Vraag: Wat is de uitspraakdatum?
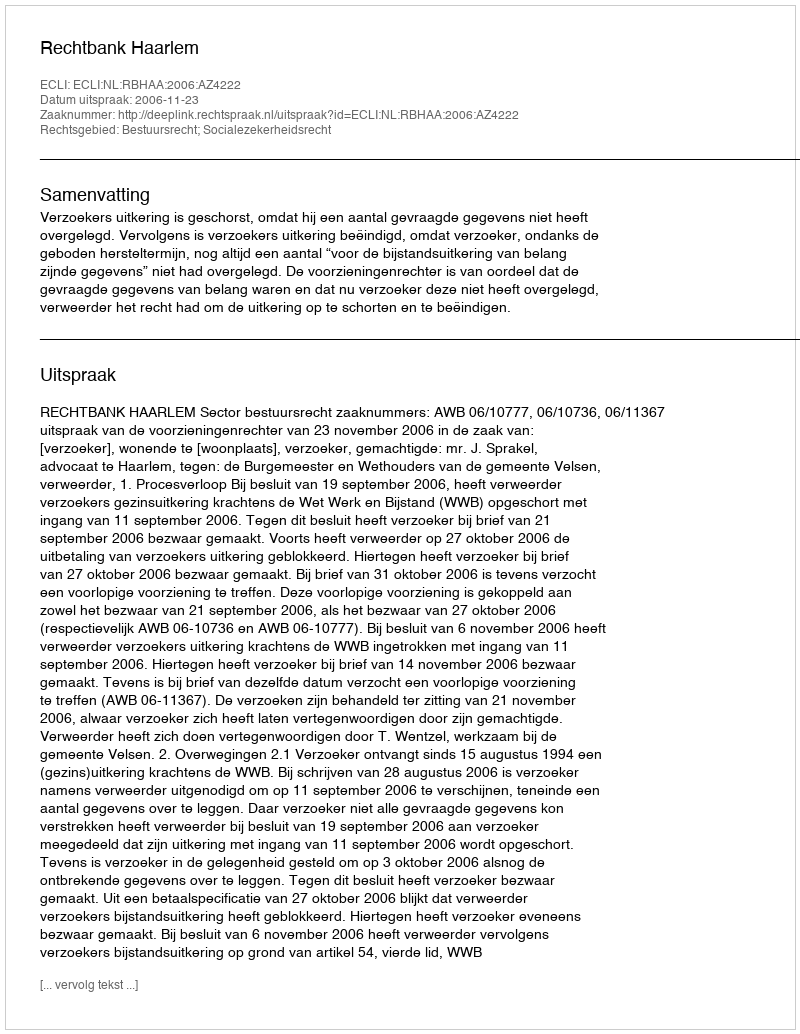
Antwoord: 2006-11-23